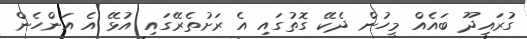
ގުރައިދޫ ބައެއް މީހުން ދެކޭ ގޮތުގައި އެ ރަށުތެރޭގައި އުޅޭ އެ އަންހެން